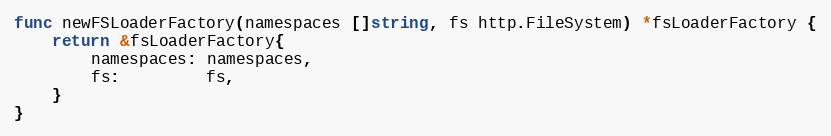
Language: Go
func newFSLoaderFactory(namespaces []string, fs http.FileSystem) *fsLoaderFactory {
	return &fsLoaderFactory{
		namespaces: namespaces,
		fs:         fs,
	}
}